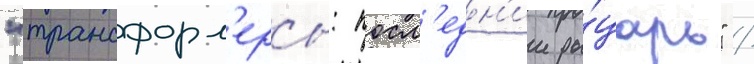
"трансформ'еры: посл'едн'ии ры́царь" /